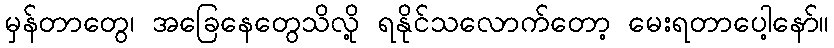
မှန်တာတွေ၊ အခြေနေတွေသိလို့ ရနိုင်သလောက်တော့ မေးရတာပေါ့နော်။